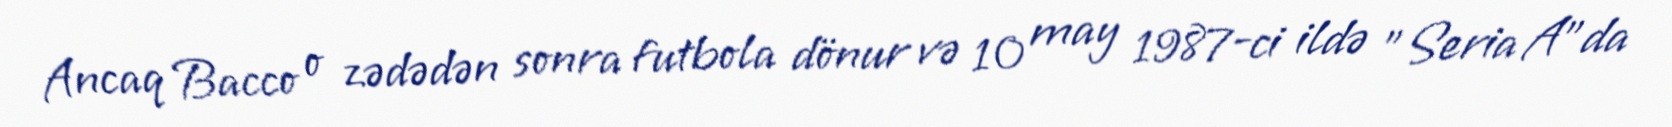
Ancaq Bacco o zədədən sonra futbola dönur və 10 may 1987-ci ildə "Seria A"da